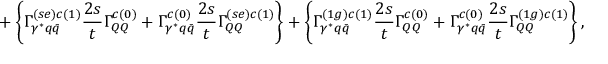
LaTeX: + \left\{ \Gamma _ { \gamma ^ { * } q \bar { q } } ^ { ( s e ) c ( 1 ) } \frac { 2 s } { t } \Gamma _ { Q Q } ^ { c ( 0 ) } + \Gamma _ { \gamma ^ { * } q \bar { q } } ^ { c ( 0 ) } \frac { 2 s } { t } \Gamma _ { Q Q } ^ { ( s e ) c ( 1 ) } \right\} + \left\{ \Gamma _ { \gamma ^ { * } q \bar { q } } ^ { ( 1 g ) c ( 1 ) } \frac { 2 s } { t } \Gamma _ { Q Q } ^ { c ( 0 ) } + \Gamma _ { \gamma ^ { * } q \bar { q } } ^ { c ( 0 ) } \frac { 2 s } { t } \Gamma _ { Q Q } ^ { ( 1 g ) c ( 1 ) } \right\} ,